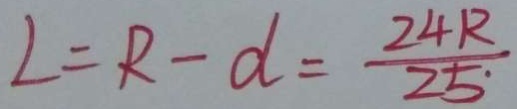
L = R - d = \frac { 2 4 R } { 2 5 }